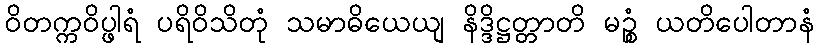
ဝိတက္ကဝိပ္ဖါရံ ပရိဝိသိတုံ သမာဓိယေယျ နိဒ္ဒိဋ္ဌတ္တာတိ မဉ္စံ ယတိပေါတာနံ